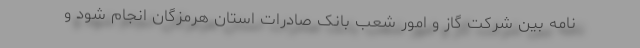
نامه بین شرکت گاز و امور شعب بانک صادرات استان هرمزگان انجام شود و